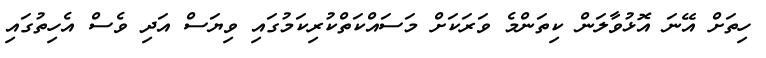
ހިތަށް އޭނަ އޮޅުވާލަން ކިތަންމެ ވަރަކަށް މަސައްކަތްކުރިކަމުގައި ވިޔަސް އަދި ވެސް އެހިތުގައި